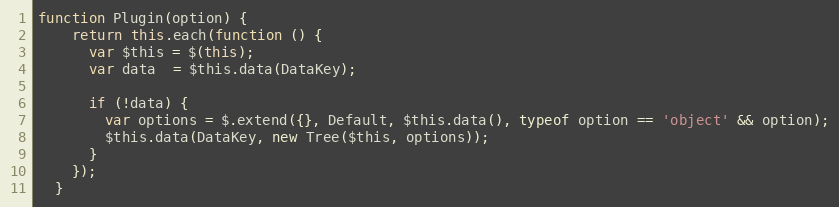
Language: JavaScript
function Plugin(option) {
    return this.each(function () {
      var $this = $(this);
      var data  = $this.data(DataKey);

      if (!data) {
        var options = $.extend({}, Default, $this.data(), typeof option == 'object' && option);
        $this.data(DataKey, new Tree($this, options));
      }
    });
  }